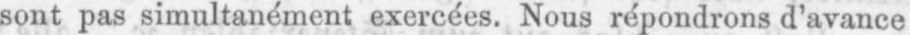
sont pas simultanément exercées. Nous répondrons d’avance